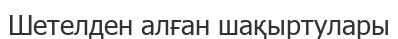
Шетелден алған шақыртулары